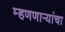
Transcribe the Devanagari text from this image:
म्हणणाऱ्यांचा